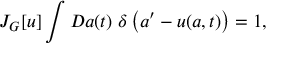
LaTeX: J _ { G } [ u ] \int { \cal D } a ( t ) ~ \delta \left( a ^ { \prime } - u ( a , t ) \right) = 1 ,